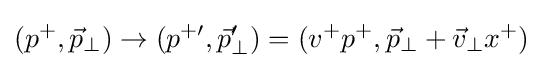
(p^{+},{\vec {p}}_{\perp })\to (p^{+\prime },{\vec {p}}_{\perp }')=(v^{+}p^{+},{\vec {p}}_{\perp }+{\vec {v}}_{\perp }x^{+})